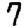
Digit: 7